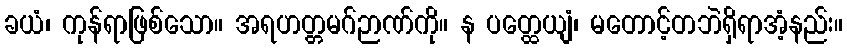
ခယံ၊ ကုန်ရာဖြစ်သော။ အရဟတ္တမဂ်ဉာဏ်ကို။ န ပတ္ထေယျံ၊ မတောင့်တဘဲရှိရာအံ့နည်း။